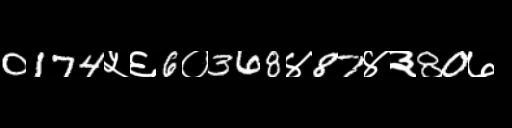
Text: 0174५६6०368४87४३80७